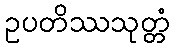
ဥပတိဿသုတ္တံ